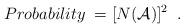
LaTeX: \begin{align*}Probability \; = [N({\cal A})]^{2} \; \; .\end{align*}